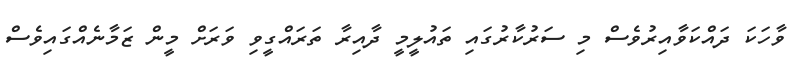
ވާހަކަ ދައްކަވާއިރުވެސް މި ސަރުކާރުގައި ތައުލީމީ ދާއިރާ ތަރައްގީވި ވަރަށް މީން ޒަމާނެއްގައިވެސް